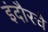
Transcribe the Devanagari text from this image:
इंदौरचे